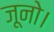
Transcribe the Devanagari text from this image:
जूनो।